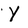
Character: Y